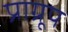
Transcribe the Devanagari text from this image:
प्राग्रूप